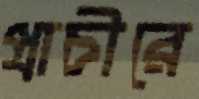
প্রাচীরে